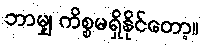
ဘာမျှ ကိစ္စမရှိနိုင်တော့။